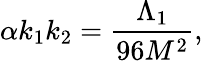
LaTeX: \alpha k_{1}k_{2}=\frac{\Lambda_{1}}{96M^{2}},